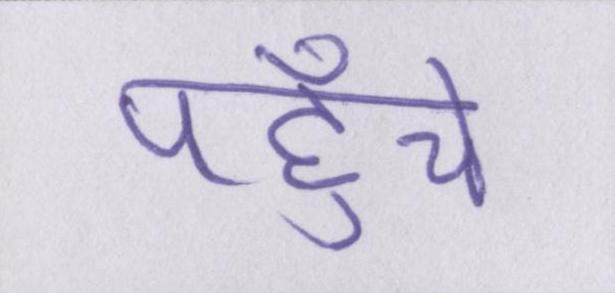
पहुँचे